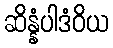
ဆိန္နံပါဒံဝိယ